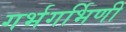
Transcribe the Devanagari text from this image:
गर्भगर्भिणी